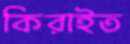
কিরাইত